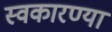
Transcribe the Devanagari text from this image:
स्वकारण्या